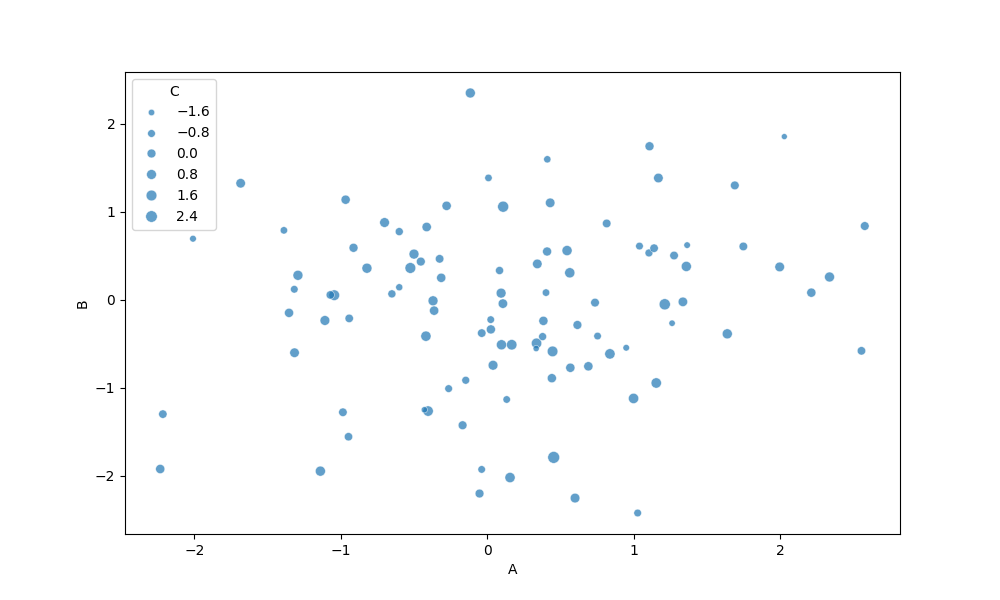
python, seaborn, scatterplot, hue='None', style='None', size='C', palette='muted', alpha=0.7